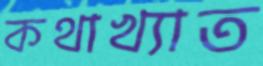
কথাখ্যাত